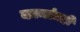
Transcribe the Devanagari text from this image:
कामांतही